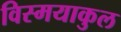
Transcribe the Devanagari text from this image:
विस्मयाकुल